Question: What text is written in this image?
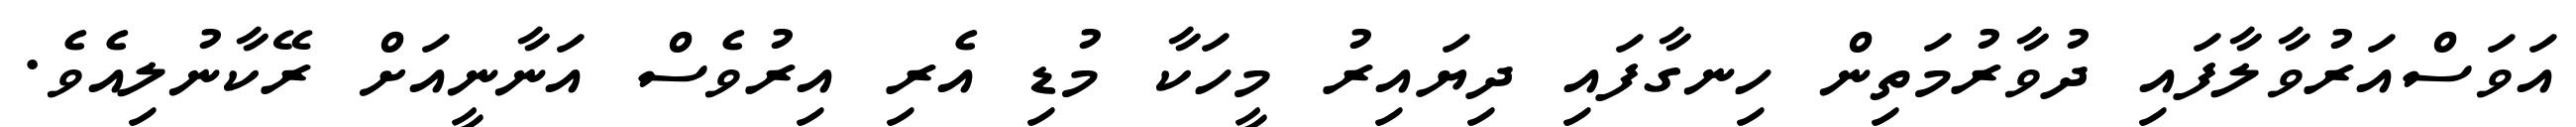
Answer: އަވަސްއަރުވާލާފައި ދުވާރުމަތިން ހިނގާފައި ދިޔައިރު މީހަކާ މުޑި އެރި އިރުވެސް އަނާނީއަށް ރޭކާނުލިއެވެ.